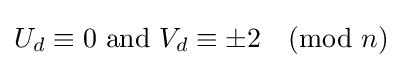
U_{d}\equiv 0{\text{  and  }}V_{d}\equiv \pm 2{\pmod {n}}